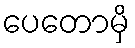
ပေတောမှိ